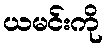
ယမင်းကို